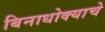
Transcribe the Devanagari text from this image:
बिनाधोक्याचे